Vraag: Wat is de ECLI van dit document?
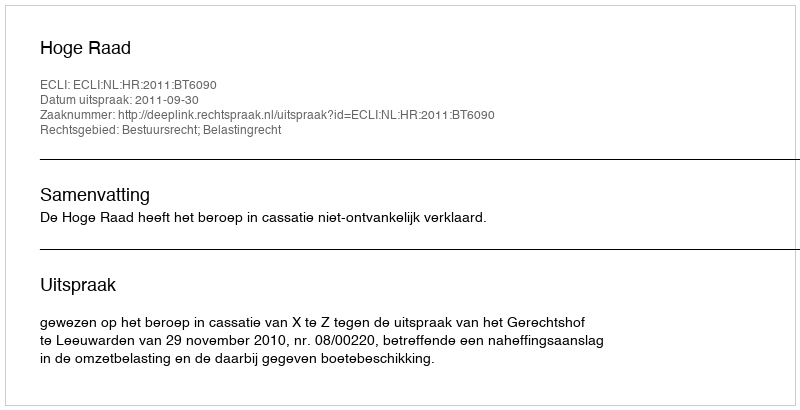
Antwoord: ECLI:NL:HR:2011:BT6090